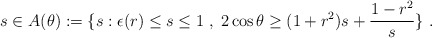
\begin{align*}s\in A(\theta):=\{s : \epsilon(r)\leq s\leq 1\; ,\; 2\cos\theta\geq (1+r^2)s+\frac{1-r^2}s\}\ .\end{align*}